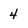
Character: 4